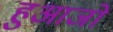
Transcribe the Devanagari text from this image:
हुआजो